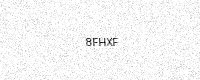
Text: 8FHXF